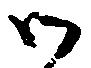
御